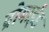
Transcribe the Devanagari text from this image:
ब्रोमाईड